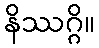
နိဿဂ္ဂိ။